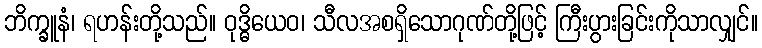
ဘိက္ခူနံ၊ ရဟန်းတို့သည်။ ဝုဒ္ဓိယေဝ၊ သီလအစရှိသောဂုဏ်တို့ဖြင့် ကြီးပွားခြင်းကိုသာလျှင်။